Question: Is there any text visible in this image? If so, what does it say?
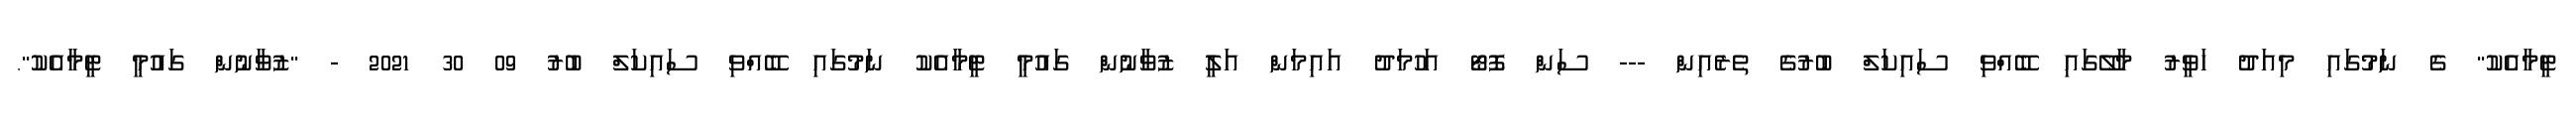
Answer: ޓީމާއެކު" ގެ ނަމުގައި މިއަދު ހަވީރު މާލޭގައި ބޭއްވި ސައިކަލް ބުރުގެ ތެރެއިން --- ސަން ފޮޓޯ އަހުމަދު އައިމަން އަލީ ޒުވާނުން ގައުމީ ޓީމާއެކު ނަމުގައި ބޭއްވި ސައިކަލް ބުރު 09 30 2021 - "ޒުވާނުން ގައުމީ ޓީމާއެކު".